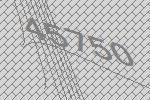
45750